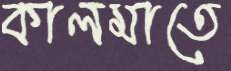
কালমাতে